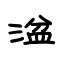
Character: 湓